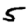
Digit: 5